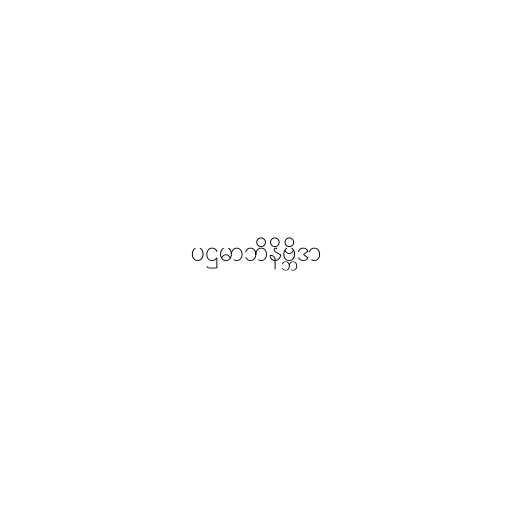
ပဌမာဘိနိဗ္ဘိဒာ